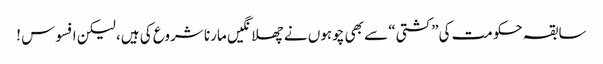
سابقہ حکومت کی”کشتی“ سے بھی چوہوں نے چھلانگیں مارنا شروع کی ہیں، لیکن افسوس !